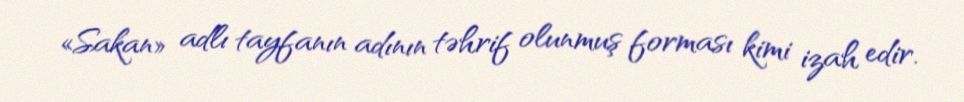
«Sakan» adlı tayfanın adının təhrif olunmuş forması kimi izah edir.